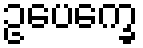
ဥပေက္ခေ